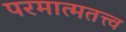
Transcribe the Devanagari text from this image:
परमात्मतत्त्व